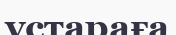
ұстараға